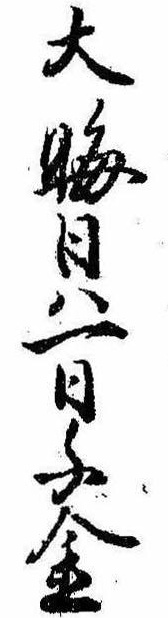
大晦日は一日千金